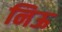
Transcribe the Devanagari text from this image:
निऊ